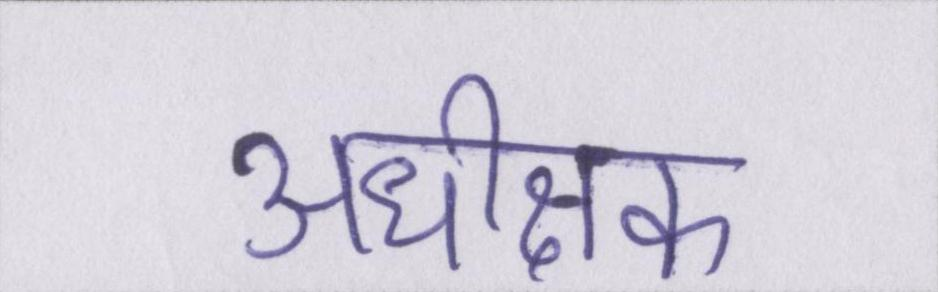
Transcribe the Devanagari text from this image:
अधीक्षक